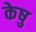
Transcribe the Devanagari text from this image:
केषु